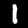
Label: 1